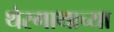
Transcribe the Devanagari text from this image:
थेरगाथाच्या